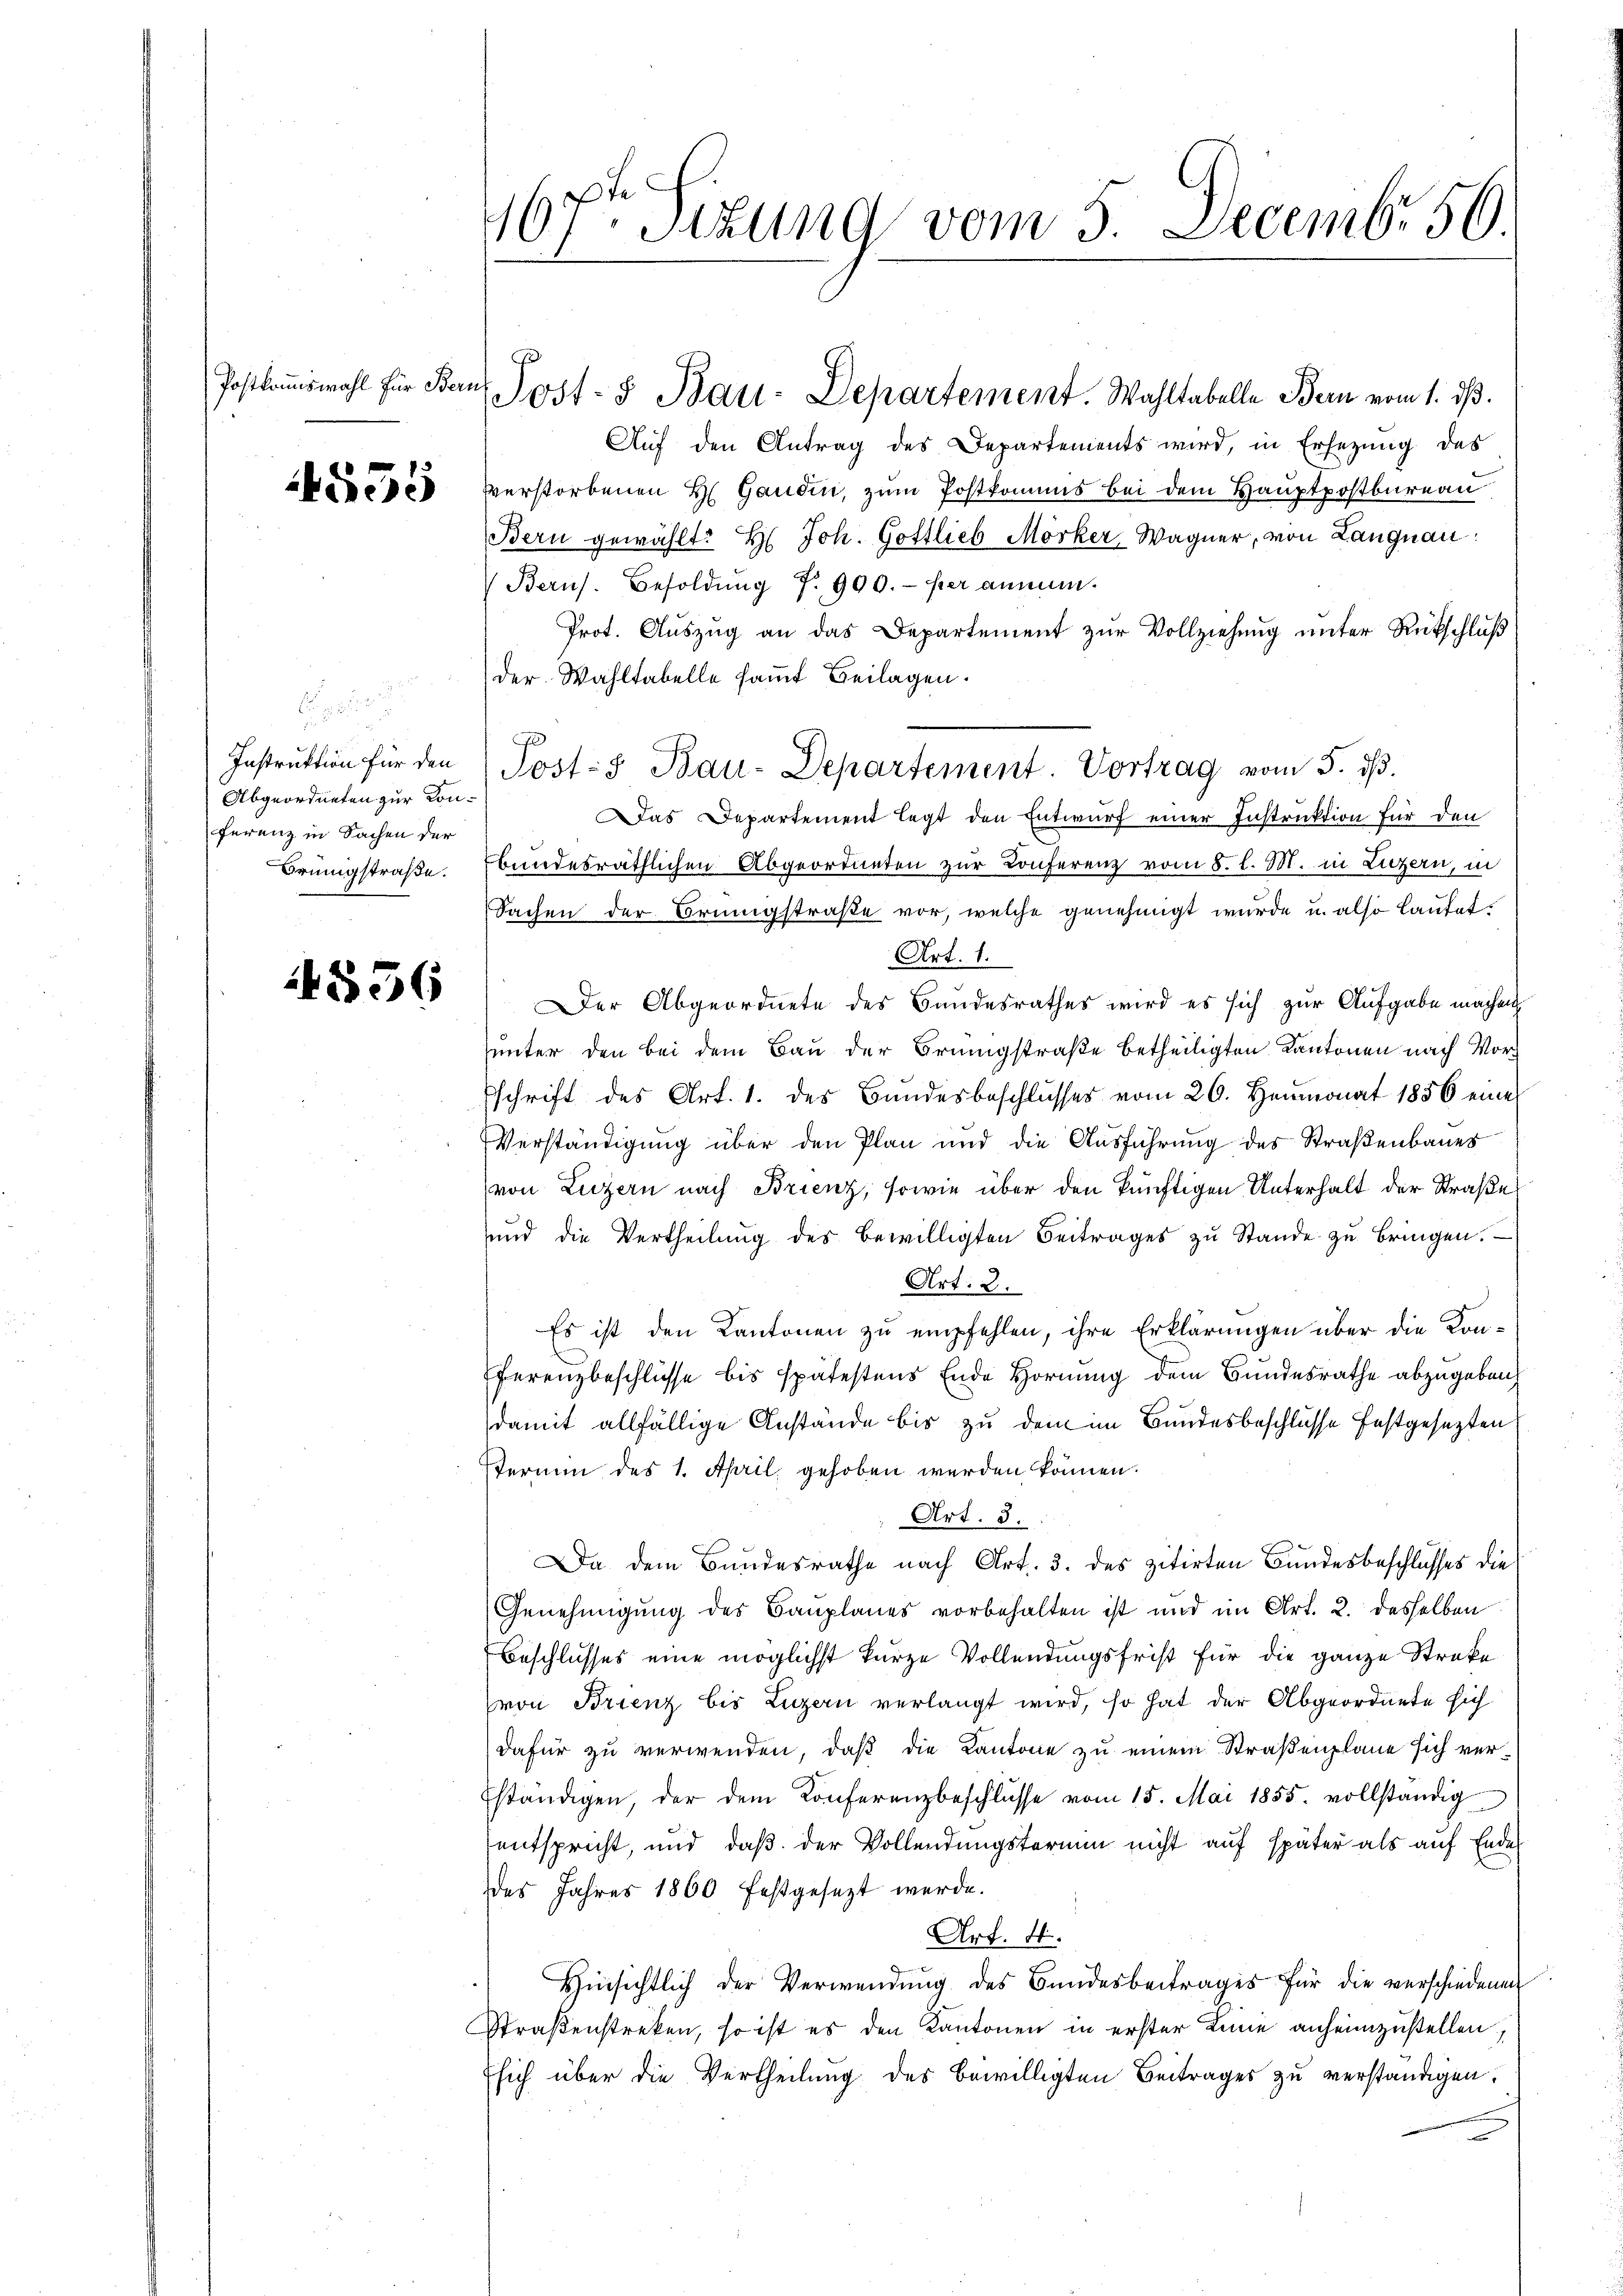
Postkommiswahl für Bern

4555

Abgeordneten zur Konferenz in Sachen der

4556

Auf den Antrag des Departements wird, in Ersezung des
verstorbenen H. Gandin, zum Postkomms bei dem Hauptpostbureau
Bern gewählt: H: Joh. Gottlieb Morker, Wagner, von Langnau.
Berns. Besoldŭng N. 900.- per annum.
Prot. Auszug an das Departement zur Vollziehung unter Rückschluß
der Wahltabelle samt Beilagen.
Das Departement legt den Entwurf einer Instruktion für den
Brüngstraβe bundesräthlichen Abgeordneten zur Conferenz vom 8. l. M. in Luzern, in
Sachen der Brüngstraße vor, welche genehmigt wurde u. also lautet.
Art. 1.
Der Abgeordnete des Bundesrathes wird es sich zur Aufgabe machen
unter den bei dem Bau der Brüngstraße betheiligten Kantonen nach Vorschrift des Art. 1. des Bundesbeschlŭsses vom 26. Heumonat 1856 eine
Verständigung über den Plan und die Ausführung des Straßenbaues
von Luzern nach Brienz, sowie über den künftigen Unterhalt der Straße
und die Vertheilŭng des bewilligten Beitrages zŭ Stande zŭ bringen.
Art. 2.
Es ist den Kantonen zu empfehlen, ihre Erklärungen über die Kon-
ferenzbeschlüsse bis spätestens Ende Hornung dem Bundesrathe abzugebendamit allfällige Anstände bis zu dem im Bundesbeschlüsse festgesezten
termin des 1. April, gehoben werden können.
Art. 5.
Da dem Bundesrathe nach Art. 3. des zitirten Bundesbeschlusses die
Genehmigung des Bauplanes vorbehalten ist und im Art. 2. desselben
Beschlusses eine möglichst kurze Vollendungsfrist für die ganze Streke
von Brienz bis Luzern verlangt wird, so hat der Abgeordnete sich
dafür zu verwenden, daß die Kantone zu einem Straßenplane sich ver¬
Eständigen, der dem Konferenzbeschlüsse vom 15. Mai 1855. vollständig
entspricht, und daß der Vollendungstermin nicht auf später als auf Ende
des Jahres 1860 festgesezt werde.
Art. 4.
Hinsichtlich der Verwendung des Bundesbeitrages für die verschiedenen
Straßenstreken, so ist es den Kantonen in erster Linie anheimzustellen,
Esich über die Vertheilung des bewilligten Beitrages zu verständigen.

67ten Sizung vom 5. Decembr 56.

Post- u Bau-Departement. Wahltabelle Bern vom 1. ds.

Instrŭktion für den Post- Bau-Departement. Vortrag vom 5. dβ.